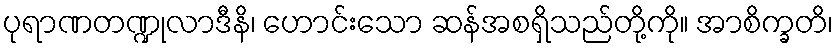
ပုရာဏတဏ္ဍုလာဒီနိ၊ ဟောင်းသော ဆန်အစရှိသည်တို့ကို။ အာစိက္ခတိ၊